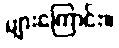
များကြောင်း။